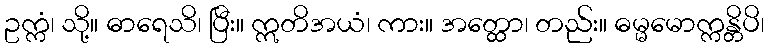
ဥက္ကံ၊ သို့။ ဓာရေသိ၊ ပြီး။ ဣတိအယံ၊ ကား။ အတ္ထော၊ တည်း။ ဓမ္မမောက္ကန္တိပိ၊